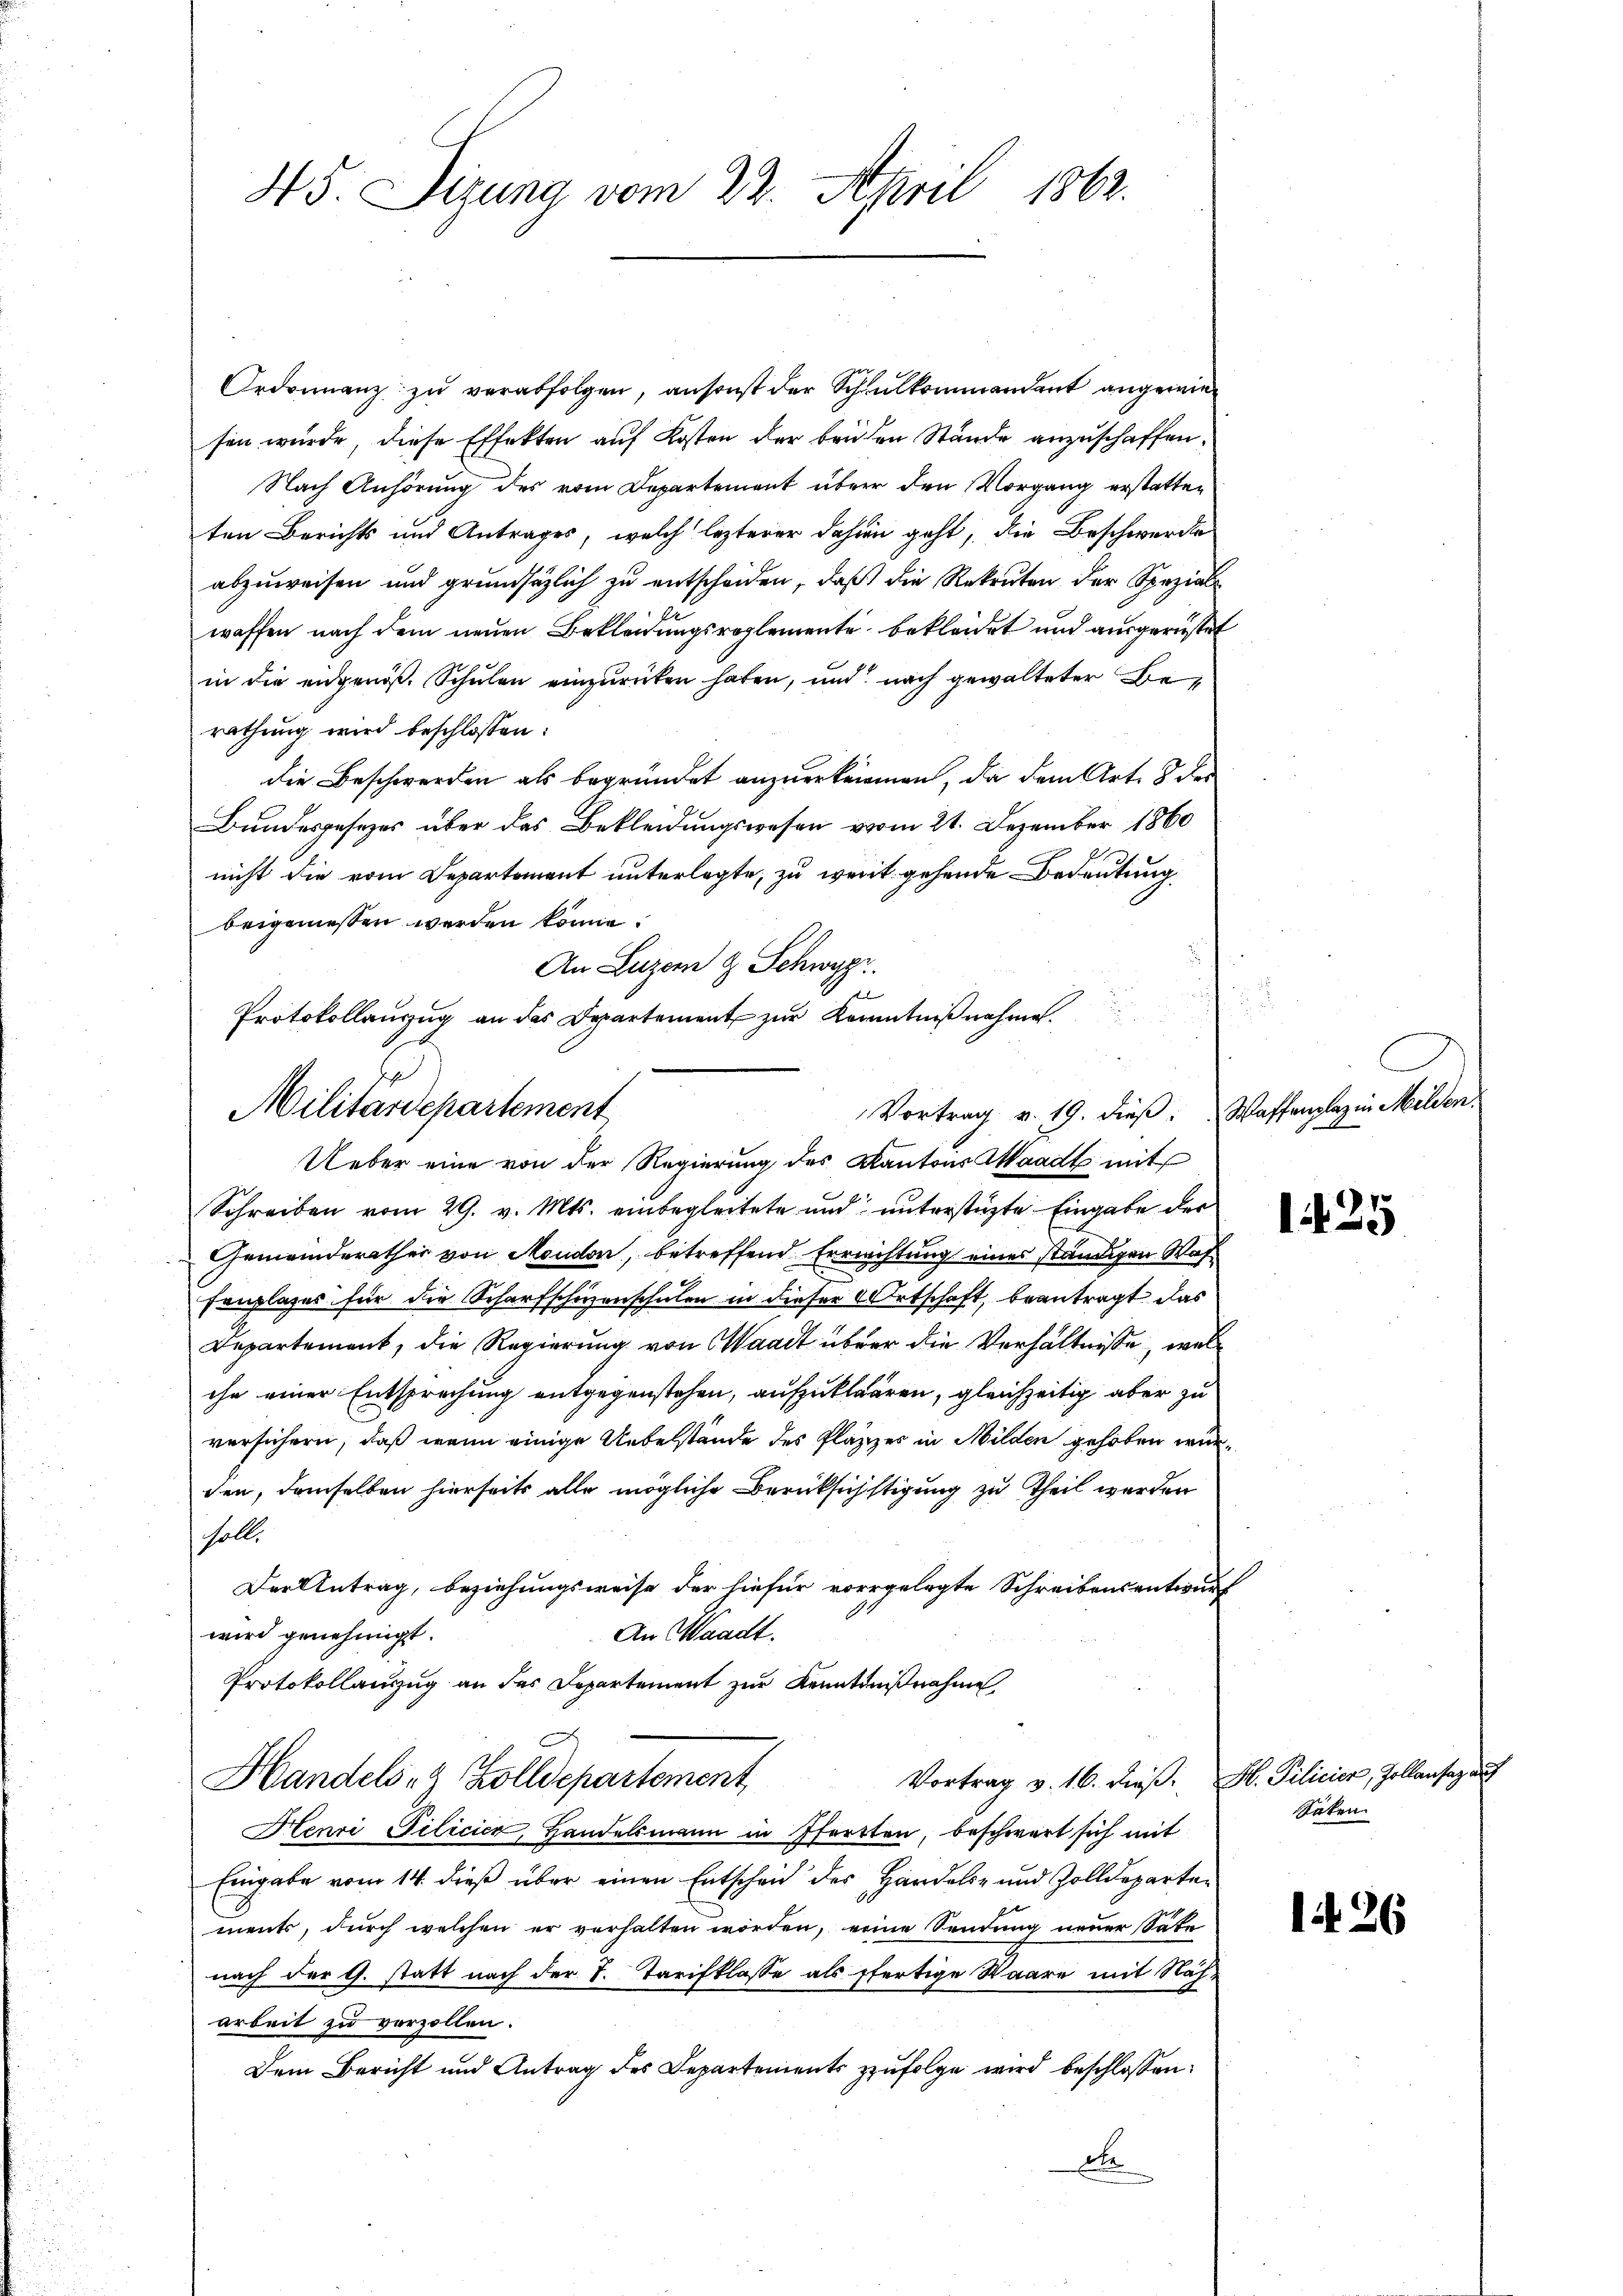
45. Sizung vom 22. April 1862.

Ordonnanz zu verabfolgen, ansonst der Schulkommandant angewie
sen wurde, diese Effekten auf Kosten der beiden Stände anzuschaffen.
Nach Anhörung des vom Departement über den Vorgang erstatten
ten Berichts und Antrages, welch lezterer dahien geht, die Beschwerde
abzuweisen und grundsätzlich zu entscheiden, daß die Rekruten der Spezialwaffen nach dem neuen Bekleidungsreglemente bekleidet und ausgerüstet
in die eidgenöß. Schulen einzurücken haben, und nach gewalteter Berathung wird beschlossen:
die Beschwerden als begründet anzuerkennen, da dem Art. 8 des
Bundesgesezes über das Bekleidungswesen vom 21. Dezember 1860
nicht die vom Departement unterlegte, zu weit gehende Bedeutung
beigemessen werden könne.
An Luzern & Schwyz.
Ueber eine von der Regierung des Kantons Waadt mit
Schreiben vom 29. v. Mts. einbegleitete und unterstüzte Eingabe der
Gemeinderathes von Moudon, betreffend Erreichtung eines ständigen Was
senplazes für die Scharfschienschulen in dieser Ortschaft, beantragt das
Departement, die Regierung von Waadt über die Verhältnisse, wel
che einer Entsprechung entgegenstehen, aufzuklären, gleichzeitig aber zu
versichern, daß wenn einige Uebelstände des Platzes in Milden gehoben würden, demselben hierseits alle mögliche Berücksichstigung zu theil werden
Fall,
Der Antrag, beziehungsweise der hiefür vorgelegte Schreibensentwurf
wird genehmigt.
An Waadt.
Protokollauszug an das Departement zur Kenntnißnahme
Vortrag v. 16. dieβ. H. Pilicier, Zollansaz auf
Handels- Zolldepartement
Henri Pilicier, Handelsmann in Pfarrten, beschwert sich mit
Eingabe vom 14. dieß über einen Entscheid der Handels- und Zolldepartements, durch welchen er verhalten worden, eine Sendung neuer Sate
nach der G. statt nach der T. Tarifklasse als fertige Waare mit Naharbeit zu verzollen.
Dem Bericht und Antrag des Departements zufolge wird beschlossen:
de

Protokollauszug an das Departement zur Kenntnißnahmen.
Militärdepartement
Vortrag v. 19. dieß:

Waffenplaz in Milden.
8

125

Saten.

1426